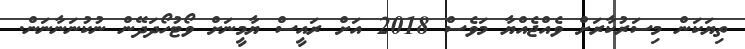
ތިޔަކަން މިސަރުކާރަށް ވެއްޖެއްޔާ މަވެސް 2018 އަށް ރައީސް ޔާމީނަށް ވޯޓުހޯދަދޭން ނުކުނަނާނަން.